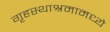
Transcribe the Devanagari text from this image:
गृहस्थाश्रमामध्ये